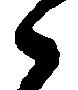
々